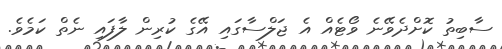
ސާބިތު ކޮށްދެވޭނެ ވޯޓެއް އެ ޖަލްސާގައި އޭގެ ކުރިން ލާފައި ނެތް ކަމެވެ.